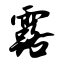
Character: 露